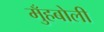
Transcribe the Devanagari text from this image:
मुँहबोली